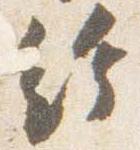
給